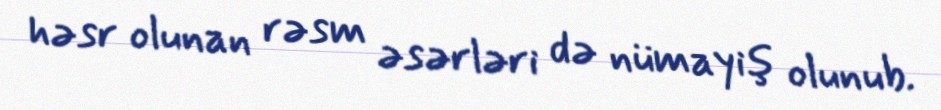
həsr olunan rəsm əsərləri də nümayiş olunub.